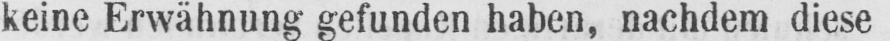
keine Erwähnung gefunden haben, nachdem diese